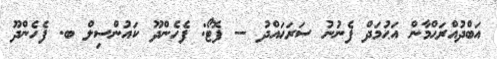
އަބްދުއްރަޙްމާން އަޙުމަދް ފެނުނު ސަރަޙައްދު -- ފޮޓޯ: ފެހެންދޫ ކައުންސިލް ބ. ފެހެންދޫ